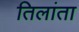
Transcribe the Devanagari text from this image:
तिलांता